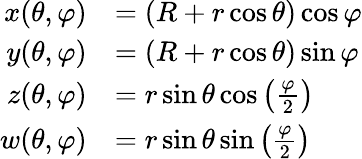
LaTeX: {\begin{array}{rl}{x(\theta,\varphi)}&{=(R+r\cos\theta)\cos{\varphi}}\\ {y(\theta,\varphi)}&{=(R+r\cos\theta)\sin{\varphi}}\\ {z(\theta,\varphi)}&{=r\sin\theta\cos\left({\frac{\varphi}{2}}\right)}\\ {w(\theta,\varphi)}&{=r\sin\theta\sin\left({\frac{\varphi}{2}}\right)}\end{array}}